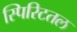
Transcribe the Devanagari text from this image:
स्पिरिटतल